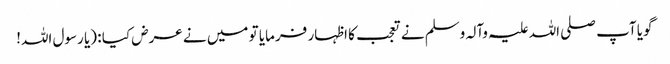
گویا آپ صلی اللہ علیہ وآلہ وسلم نے تعجب کا اظہار فرمایا تو میں نے عرض کیا : (یا رسول اللہ!